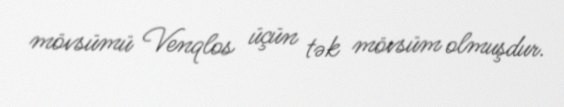
mövsümü Venqlos üçün tək mövsüm olmuşdur.